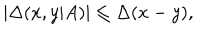
| \Delta ( x , y | A ) | \leq \Delta ( x - y ) ,